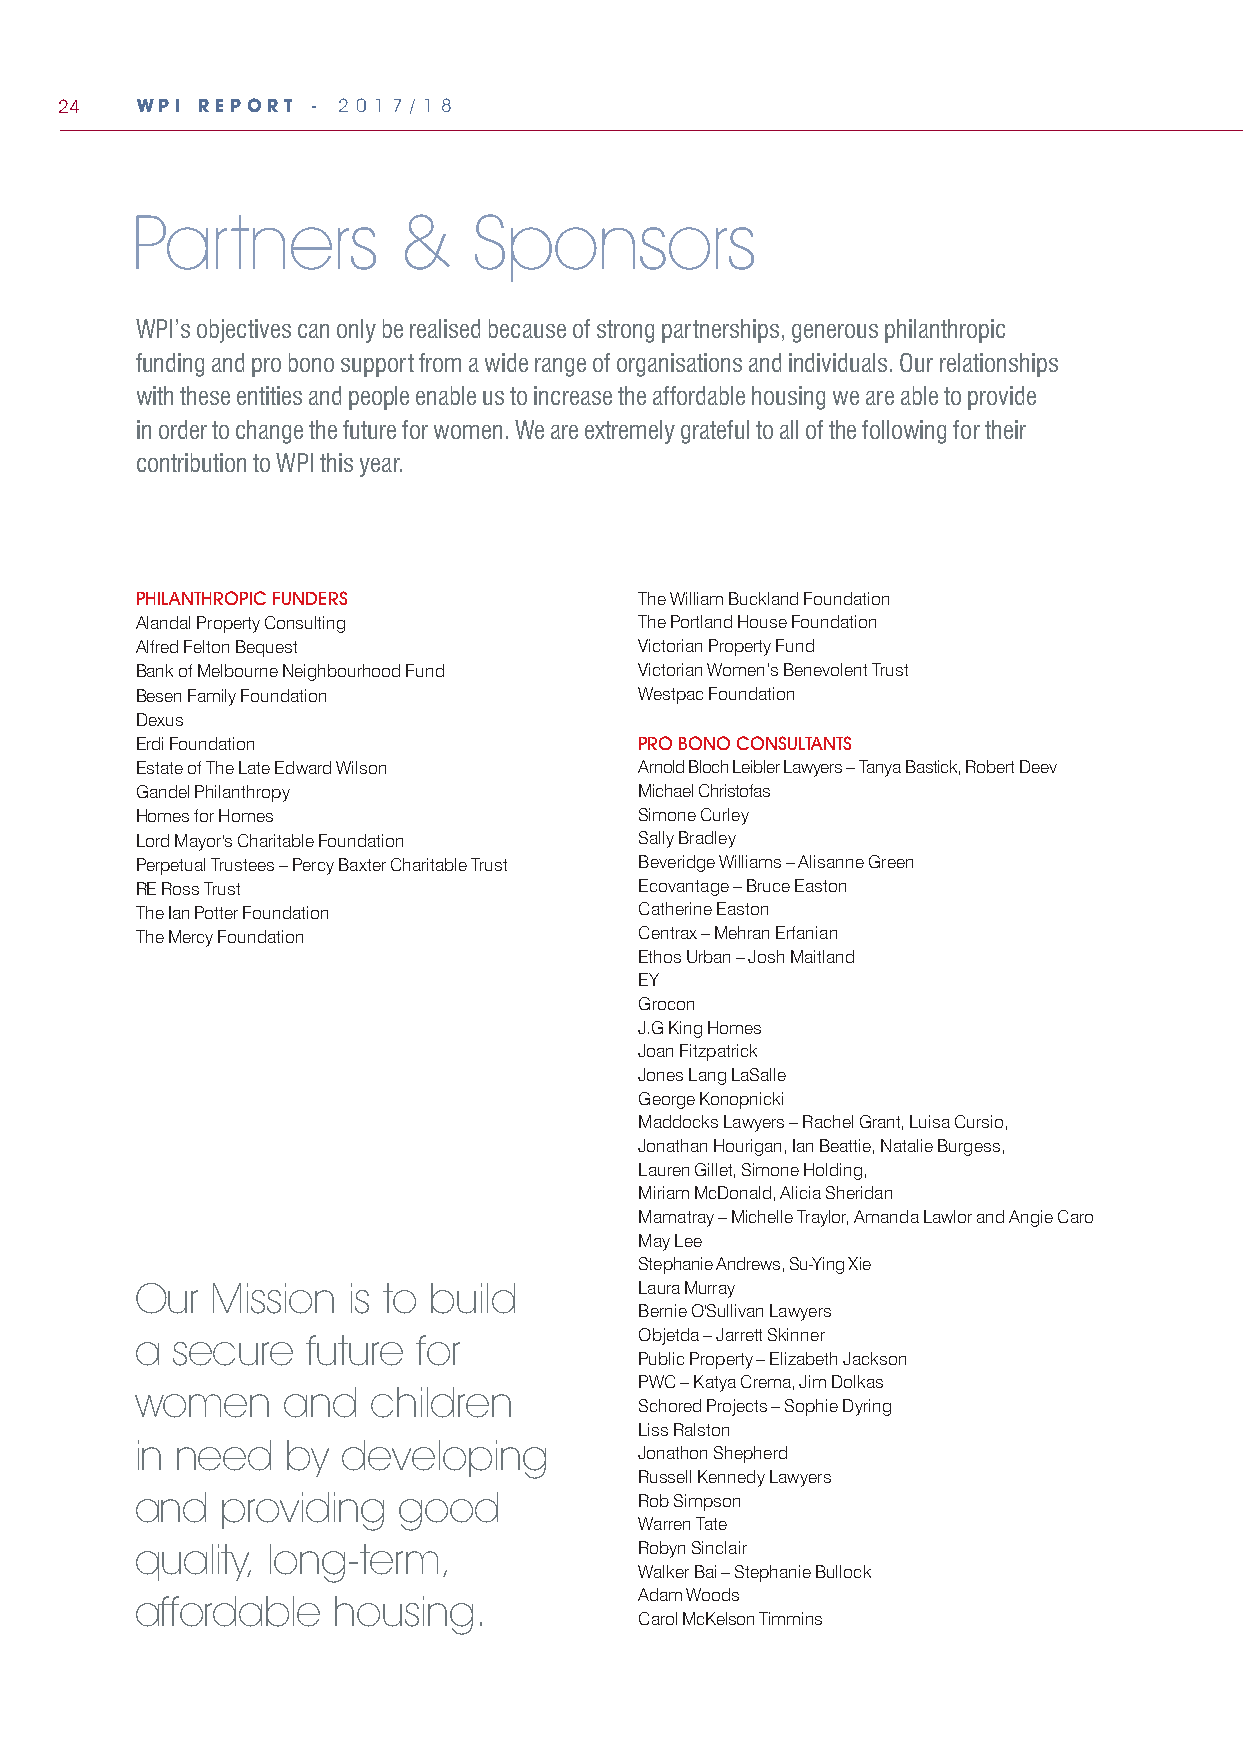
24   WPI REPORT - 2 0 1 7 / 1 8
 Partners         &    Sponsors
 WPI’s objectives can only be realised because of strong partnerships, generous philanthropic
 funding and pro bono support from a wide range of organisations and individuals. Our relationships
 with these entities and people enable us to increase the affordable housing we are able to provide
 in order to change the future for women. We are extremely grateful to all of the following for their
 contribution to WPI this year.
 PHILANTHROPIC FUNDERS            The William Buckland Foundation
 Alandal Property Consulting      The Portland House Foundation
 Alfred Felton Bequest            Victorian Property Fund
 Bank of Melbourne Neighbourhood Fund Victorian Women’s Benevolent Trust
 Besen Family Foundation          Westpac Foundation
 Dexus
 Erdi Foundation                  PRO BONO CONSULTANTS
 Estate of The Late Edward Wilson Arnold Bloch Leibler Lawyers– Tanya Bastick,Robert Deev
 Gandel Philanthropy              Michael Christofas
 Homes for Homes                  Simone Curley
 Lord Mayor's Charitable Foundation Sally Bradley
 Perpetual Trustees – Percy Baxter Charitable Trust Beveridge Williams – Alisanne Green
 RE Ross Trust                    Ecovantage – Bruce Easton
 The Ian Potter Foundation        Catherine Easton
 The Mercy Foundation             Centrax – Mehran Erfanian
 Ethos Urban – Josh Maitland
 EY
 Grocon
 J.G King Homes
 Joan Fitzpatrick
 Jones Lang LaSalle
 George Konopnicki
 Maddocks Lawyers – Rachel Grant, Luisa Cursio,
 Jonathan Hourigan, Ian Beattie, Natalie Burgess,
 Lauren Gillet, Simone Holding,
 Miriam McDonald, Alicia Sheridan
 Mamatray – Michelle Traylor, Amanda Lawlor and Angie Caro
 May Lee
 Stephanie Andrews, Su-Ying Xie
 Our  Mission  is to build        Laura Murray
 Bernie O'Sullivan Lawyers
 Objetda – Jarrett Skinner
 a secure   future for
 Public Property – Elizabeth Jackson
 PWC – Katya Crema, Jim Dolkas
 women     and  children
 Schored Projects – Sophie Dyring
 Liss Ralston
 in need   by  developing
 Jonathon Shepherd
 Russell Kennedy Lawyers
 and   providing  good            Rob Simpson
 Warren Tate
 quality, long-term,              Robyn Sinclair
 Walker Bai – Stephanie Bullock
 Adam Woods
 affordable   housing.
 Carol McKelson Timmins